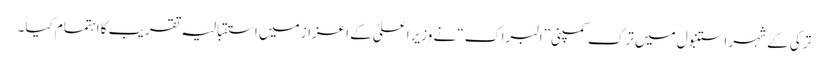
ترکی کے شہر استنبول میں ترک کمپنی”البراک“ نے وزیراعلیٰ کے اعزاز میں استقبالیہ تقریب کا اہتمام کیا۔